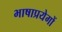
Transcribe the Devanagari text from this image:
भाषाप्रयेगों